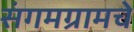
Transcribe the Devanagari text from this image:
संगमग्रामचे